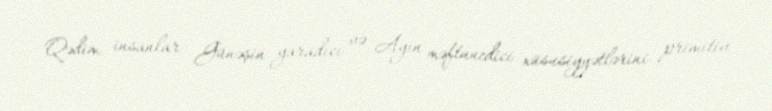
Qədim insanlar Günəşin yaradıcı və Ayın məftunedici xüsusiyyətlərini primitiv